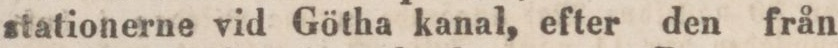
stationerne vid Götha kanal, efter den från